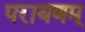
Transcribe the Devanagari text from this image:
परायणम्